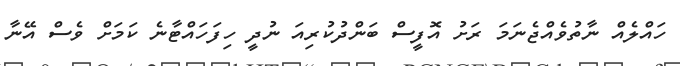
ހައްލެއް ނާތުވެއްޖެނަމަ ރަށު އޮފީސް ބަންދުކުރިއަ ނުދީ ހިފަހައްޓާނެ ކަމަށް ވެސް އޭނާ